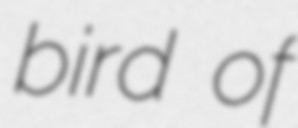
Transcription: bird of